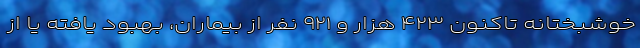
خوشبختانه تاکنون ۴۲۳ هزار و ۹۲۱ نفر از بیماران، بهبود یافته یا از